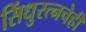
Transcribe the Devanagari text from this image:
सिंधुरत्नचेही